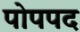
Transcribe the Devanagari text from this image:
पोपपद